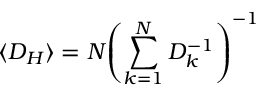
\langle D _ { H } \rangle = N { \left( \sum _ { k = 1 } ^ { N } D _ { k } ^ { - 1 } \right) ^ { - 1 } }